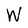
Character: W